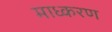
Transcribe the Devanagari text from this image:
माध्करण